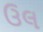
ઉલ